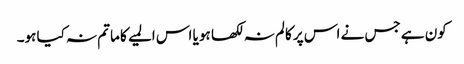
کون ہے جس نے اس پر کالم نہ لکھا ہو یا اس المیے کا ماتم نہ کیا ہو۔